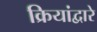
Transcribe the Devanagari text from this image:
क्रियांद्वारे